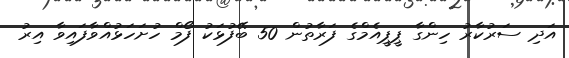
އަދި ސަރުކާރު ހިންގާ ޕީޕީއެމްގެ ފަރާތުން 50 ބޭފުޅަކު ފޯމް ހުށަހަޅުއްވާފައިވާ އިރު